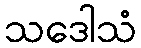
သဒေါသံ